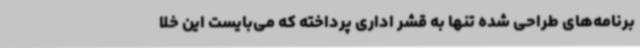
برنامه‌های طراحی شده تنها به قشر اداری پرداخته که می‌بایست این خلا